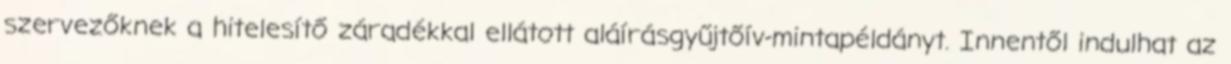
szervezőknek a hitelesítő záradékkal ellátott aláírásgyűjtőív-mintapéldányt. Innentől indulhat az